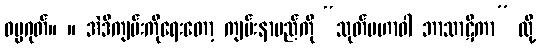
ဓမ္မဂုတ်။ ။ အဲဒီကျမ်းကိုရေးတော့ ကျမ်းနာမည်ကို “သုတ်မဟာဝါ ဘာသာဋီကာ” လို့